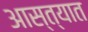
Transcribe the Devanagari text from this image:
आस्त्यात